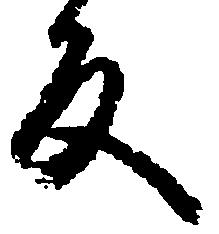
反